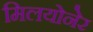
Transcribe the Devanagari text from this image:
मिलयोनेर